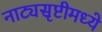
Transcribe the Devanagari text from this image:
नाट्यसृष्टीमध्ये